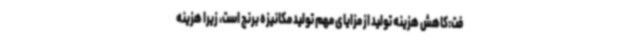
فت:کاهش هزینه تولید از مزایای مهم تولید مکانیزه برنج است، زیرا هزینه